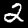
Digit: 2